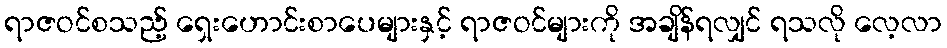
ရာဇဝင်စသည့် ရှေးဟောင်းစာပေများနှင့် ရာဇဝင်များကို အချိန်ရလျှင် ရသလို လေ့လာ